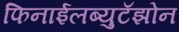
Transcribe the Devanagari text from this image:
फिनाईलब्युटॅझोन